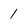
Character: 1